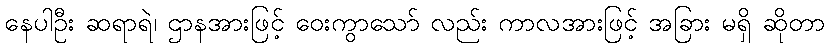
နေပါဦး ဆရာရဲ၊ ဌာနအားဖြင့် ဝေးကွာသော် လည်း ကာလအားဖြင့် အခြား မရှိ ဆိုတာ